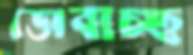
ডোবাচ্ছ